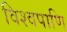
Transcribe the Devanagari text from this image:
विश्वपाणि